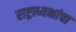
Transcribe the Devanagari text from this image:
राष्ट्राध्यक्षांचा